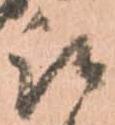
被